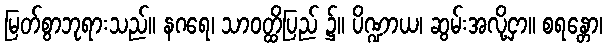
မြတ်စွာဘုရားသည်။ နဂရေ၊ သာဝတ္ထိပြည် ၌။ ပိဏ္ဍာယ၊ ဆွမ်းအလို့ငှာ။ စရန္တော၊